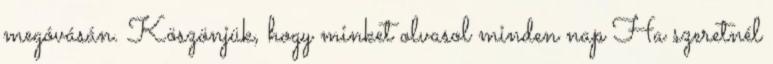
megóvásán. Köszönjük, hogy minket olvasol minden nap Ha szeretnél